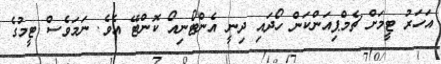
އަހަރު ޓީމަށް ޗެމްޕިއަންކަން ހޯދައި ދިނީ އެންޓޯނިއޯ ކޮންޓޭ އެވެ. ނަމަވެސް ޓީމުގެ